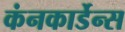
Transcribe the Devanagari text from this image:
कंनकार्डेन्स